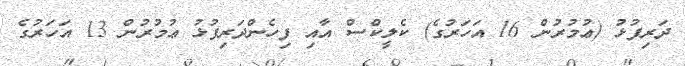
ދަރިފުޅު (ޢުމުރުން 16 އަހަރުގެ) ކެލީކްސް އާއި ފިހެންދަރިފުޅު ޢުމުރުން 13 އަހަރުގެ